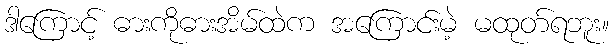
ဒါကြောင့် ဓားကိုဓားအိမ်ထဲက အကြောင်းမဲ့ မထုတ်ရဘူး။